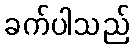
ခက်ပါသည်